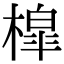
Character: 槹